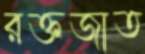
রক্তজাত